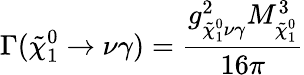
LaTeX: \Gamma(\tilde{\chi}_{1}^{0}\rightarrow\nu\gamma)=\frac{g_{{\tilde{\chi}_{1}^{0}}\nu\gamma}^{2}M_{\tilde{\chi}_{1}^{0}}^{3}}{16\pi}